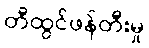
တီထွင်ဖန်တီးမှု